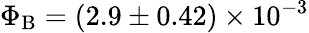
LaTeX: \Phi_{\mathrm{B}}=(2.9\pm 0.42)\times 10^{-3}